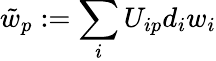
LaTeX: \tilde{w}_{p}:=\sum_{i}U_{ip}d_{i}w_{i}